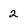
Character: 2